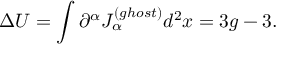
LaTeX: \Delta U = \int \partial ^ { \alpha } J _ { \alpha } ^ { ( g h o s t ) } d ^ { 2 } x = 3 g - 3 .